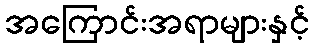
အကြောင်းအရာများနှင့်